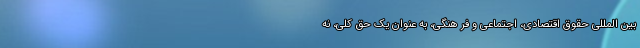
بین المللی حقوق اقتصادی، اجتماعی و فر هنگی، به عنوان یک حق کلی، نه